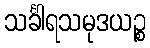
သင်္ခါရသမုဒယဉ္စ